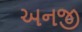
અનજી